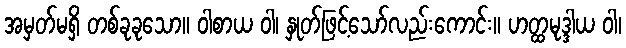
အမှတ်မရှိ တစ်ခုခုသော။ ဝါစာယ ဝါ၊ နှုတ်ဖြင့်သော်လည်းကောင်း။ ဟတ္ထမုဒ္ဒါယ ဝါ၊